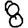
Digit: 8